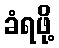
ခံရဖို့